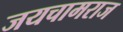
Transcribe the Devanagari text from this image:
जयचामराज